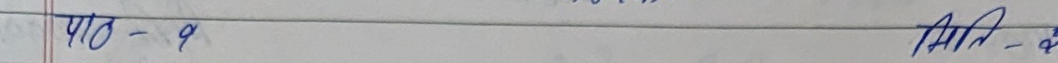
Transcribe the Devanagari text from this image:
पाठ - १ AII - १